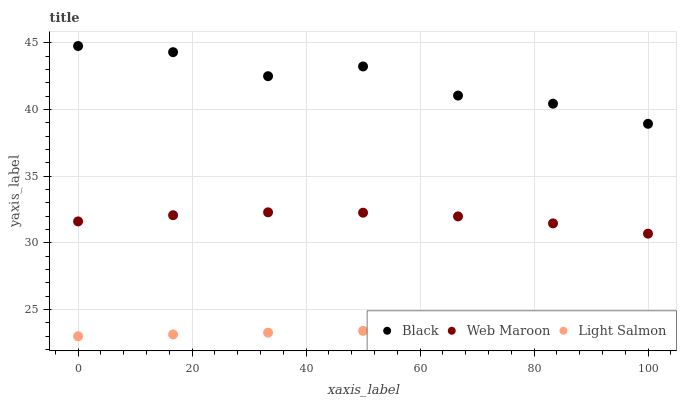
| xaxis_label | Black | Web Maroon | Light Salmon |
 | --- | --- | --- | --- |
 | 0 | 44.8 | 31.6 | 23 |
 | 16.7 | 44.3 | 32.1 | 23.1 |
 | 33.3 | 42.5 | 32.3 | 23.3 |
 | 50 | 43.2 | 32.3 | 23.4 |
 | 66.7 | 41 | 32 | 23.5 |
 | 83.3 | 40.4 | 31.5 | 23.7 |
 | 100 | 38.9 | 30.7 | 23.8 |